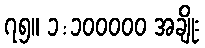
၇၅။ ၁:၁၀၀၀၀၀ အချိုး